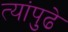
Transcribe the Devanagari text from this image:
त्यांपुढे